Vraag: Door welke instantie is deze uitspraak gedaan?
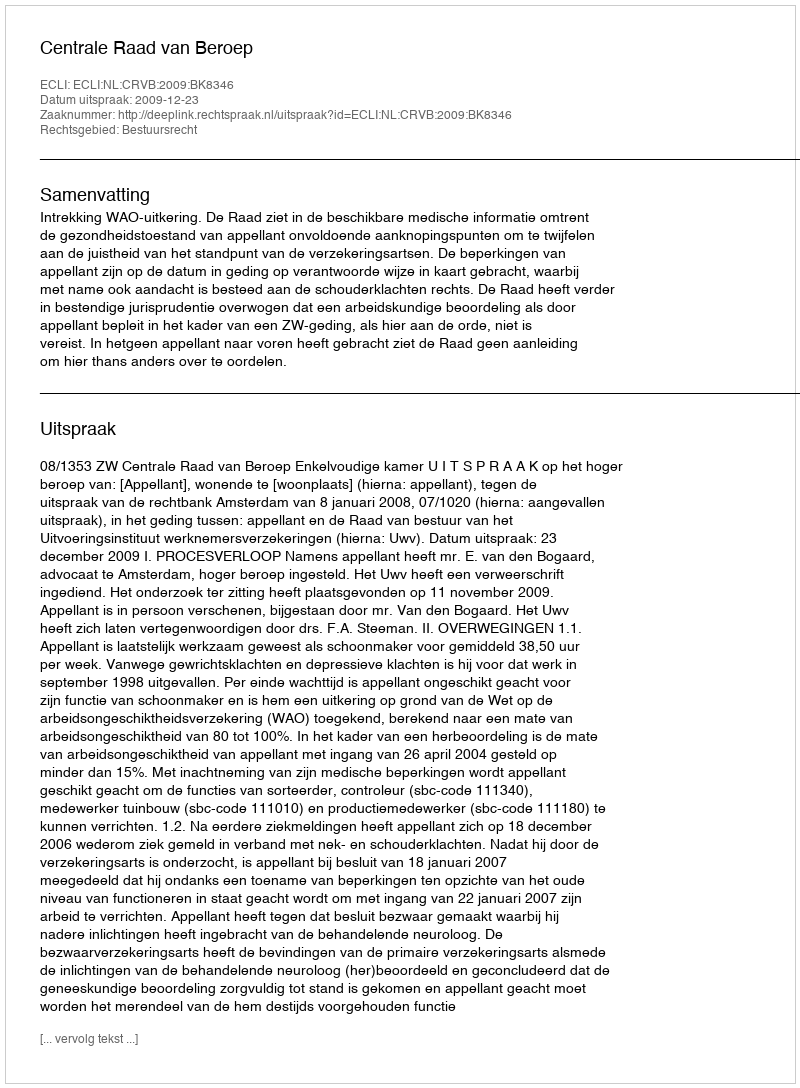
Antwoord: Centrale Raad van Beroep